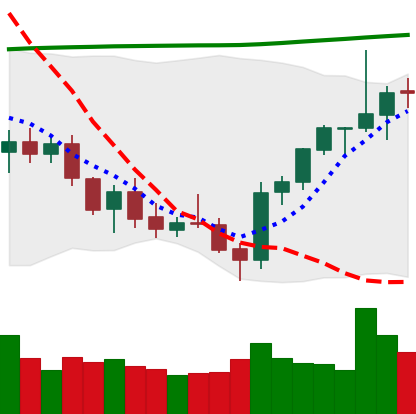
Ticker: ETH-USD
Chart end date: 2021-07-28
Forward return: 13.656%
Label: up_7plus